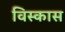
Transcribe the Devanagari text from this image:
विस्कास